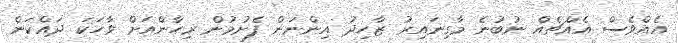
އެއްވެސް އެއްޗެއް ނުބުނެ މާގިނައިރު ޒާހިދު އިންނަން ފެށުމުން ރިހާންއަށް ވާހަކަ ދައްކަން